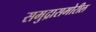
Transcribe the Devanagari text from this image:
समुद्रासमोरील